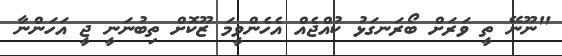
"ނޫނޭ ތީ ވަރަށް ބޯރަނގަޅު ކުއްޖެއް އެހެންވީމަ ޒޫކޮށް ތިބުނަނީ ޖީ އަހަންނާ